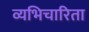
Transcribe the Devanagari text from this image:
व्यभिचारिता